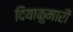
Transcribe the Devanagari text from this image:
दियाकुमारी